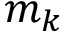
m _ { k }